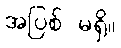
အပြစ် မရှိ။